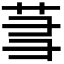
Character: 𬜮